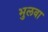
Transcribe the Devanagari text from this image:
भुलवा